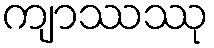
ကျာဿဿု